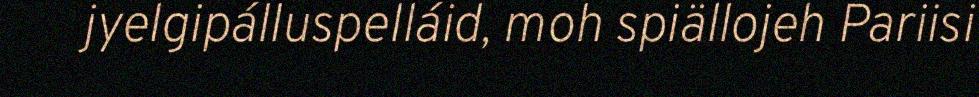
jyelgipálluspelláid, moh spiällojeh Pariisi